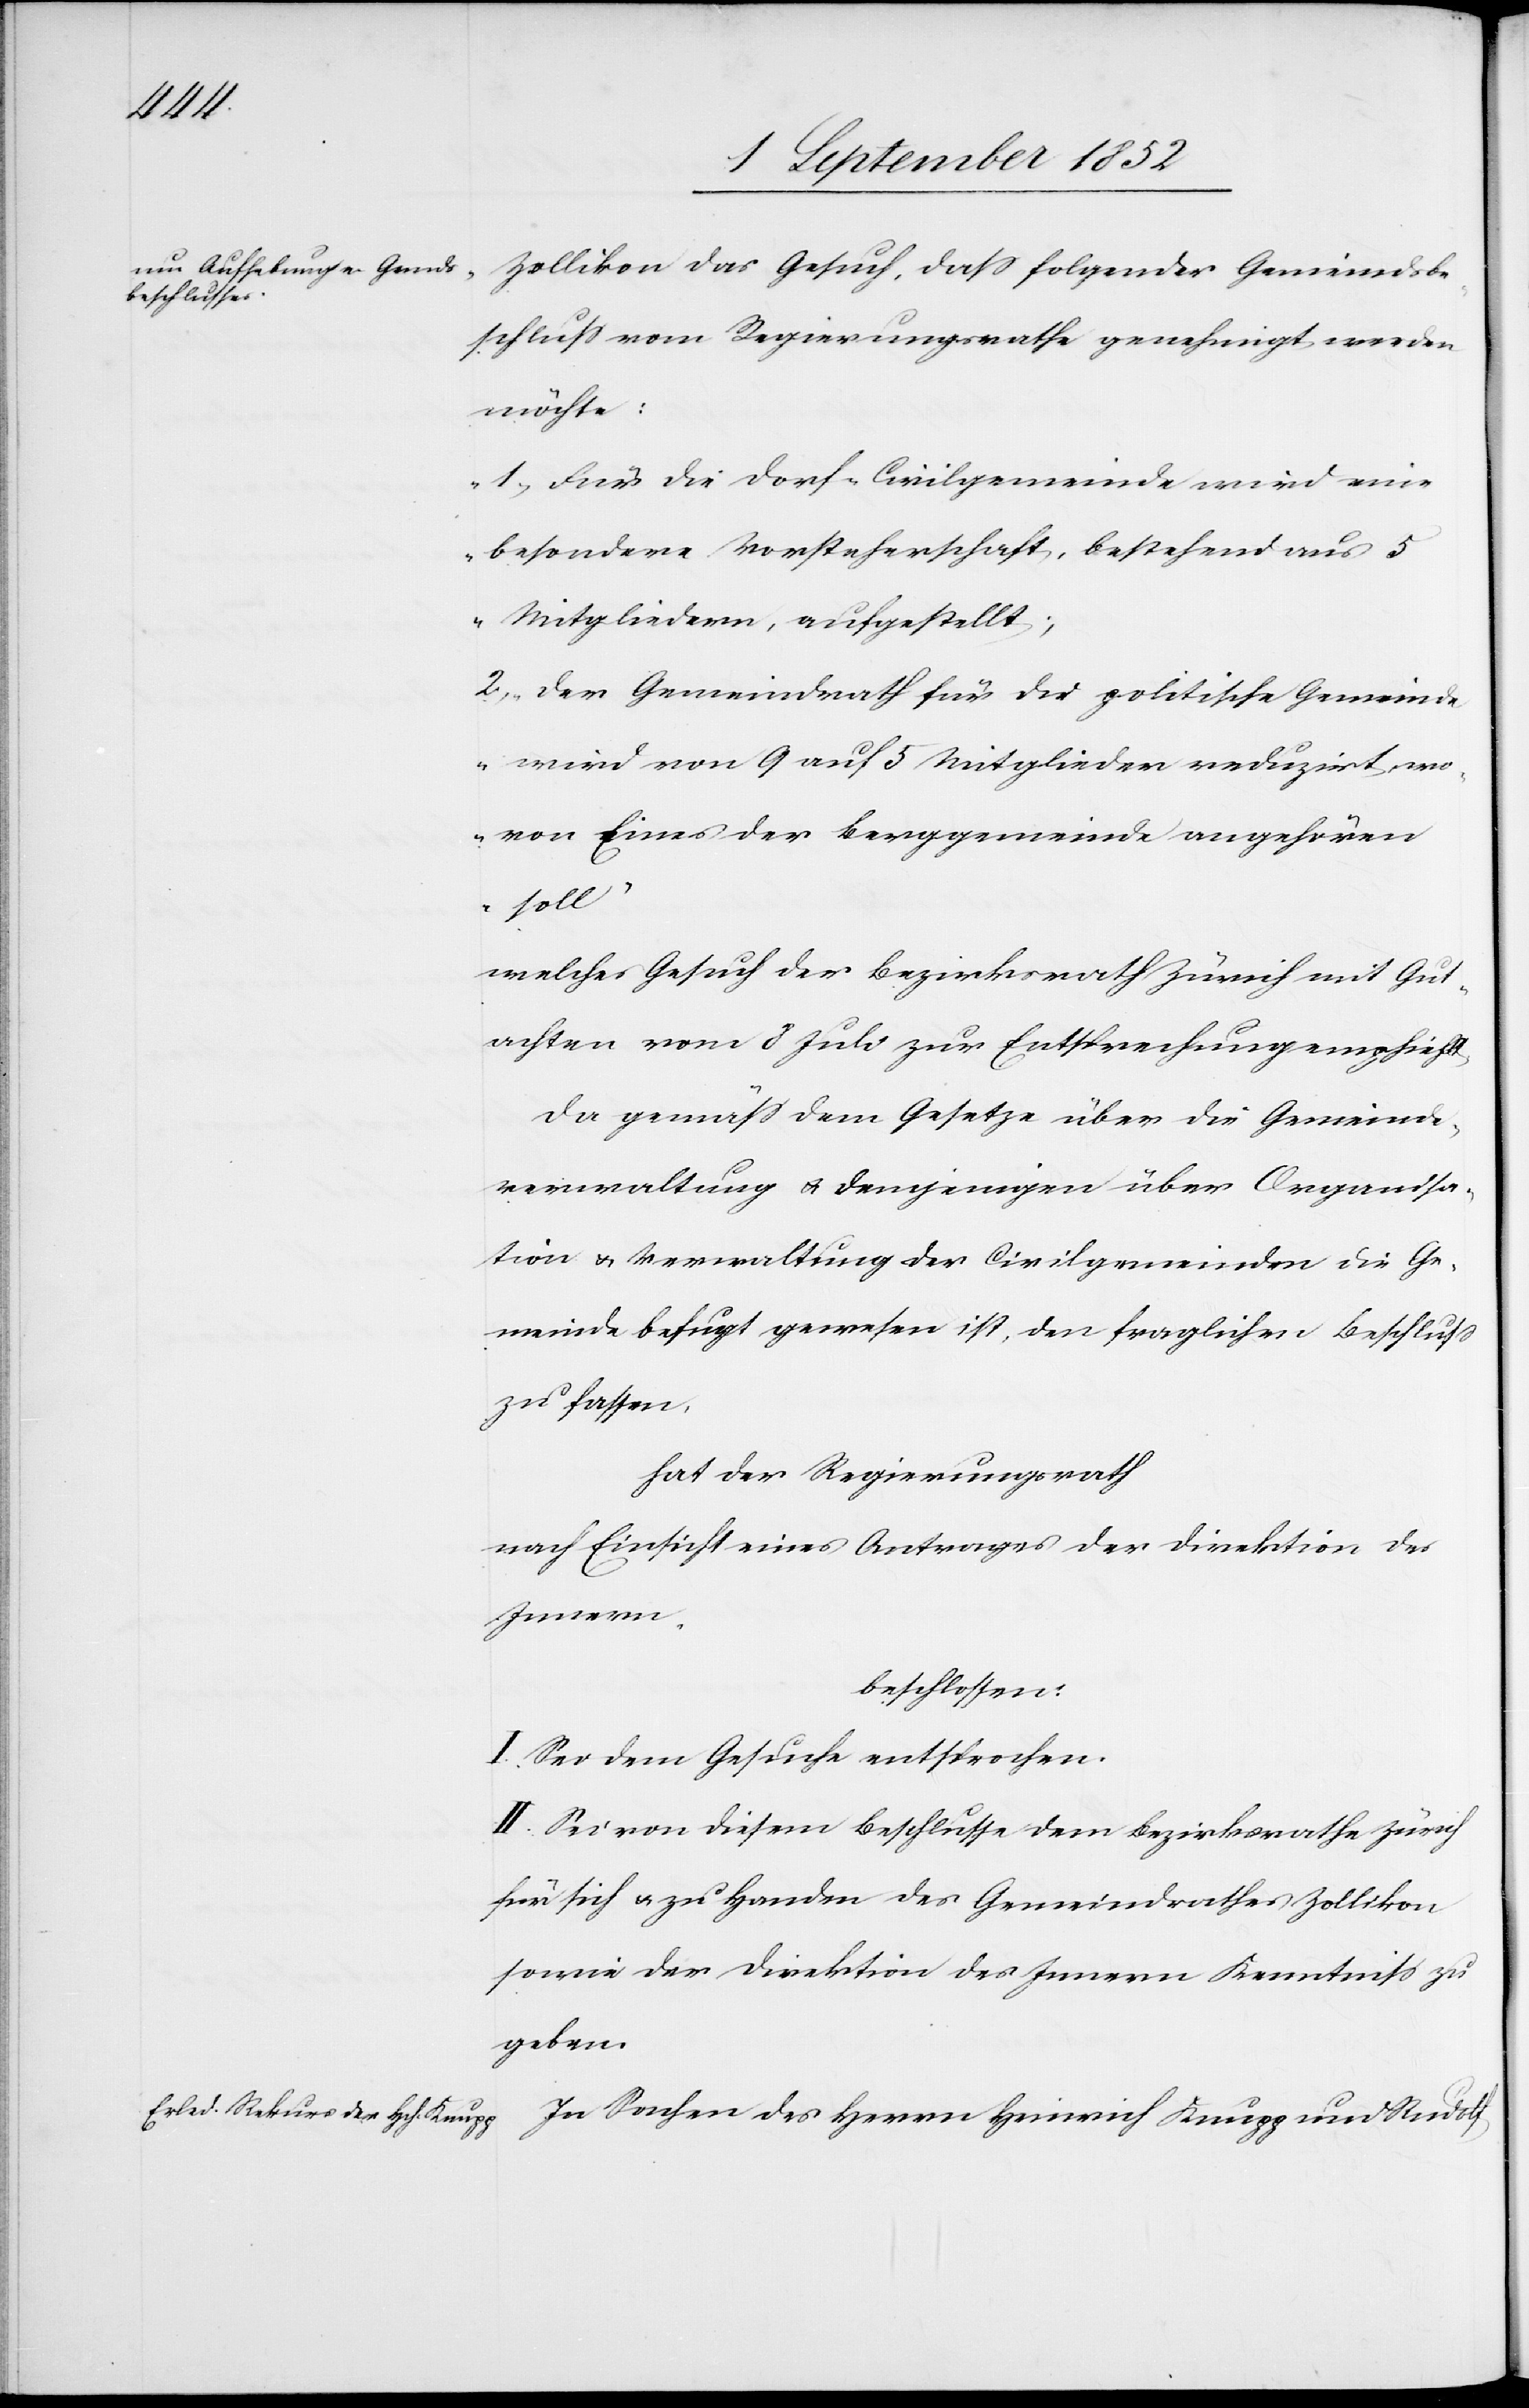
Gemeindsb¬
eschluss vom Regierungsrathe genehmigt werden
möchte:
„1, Für die Dorf-Civilgemeinde wird eine
besondere Vorsteherschaft, bestehend aus 5
Mitgliedern, aufgestellt;
2, Der Gemeindrath für die politische Gemeinde
wird von 9 auf 5 Mitglieder reduzirt, wo¬
von Eines der Berggemeinde angehören
soll“
welches Gesuch der Bezirksrath Zürich mit Gut¬
achten vom 8 Juli zur Entsprechung empfiehlt.
Da gemäss dem Gesetze über die Gemeinde¬
verwaltung & demjenigen über Organisa¬
tion & Verwaltung der Civilgemeinden die Ge¬
meinde befugt gewesen ist, den fraglichen Beschluss
zu fassen,
hat der Regierungsrath
nach Einsicht eines Antrages der Direktion des
Innern,
beschlossen:
I. Sei dem Gesuche entsprochen.
II. Sei von diesem Beschlusse dem Bezirksrathe Zürich
für sich & zu Handen des Gemeindrathes Zollikon
sowie der Direktion des Innern Kenntniss zu
geben.
In Sachen des Herrn Heinrich Knupp und Rudolf